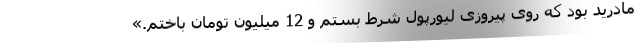
مادرید بود که روی پیروزی لیورپول شرط بستم و 12 میلیون تومان باختم.»